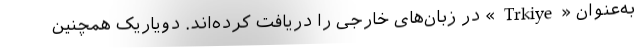
به‌عنوان «Trkiye» در زبان‌های خارجی را دریافت کرده‌اند. دویاریک همچنین